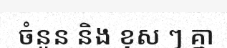
ចំនួន និង ខុស ៗ គ្នា